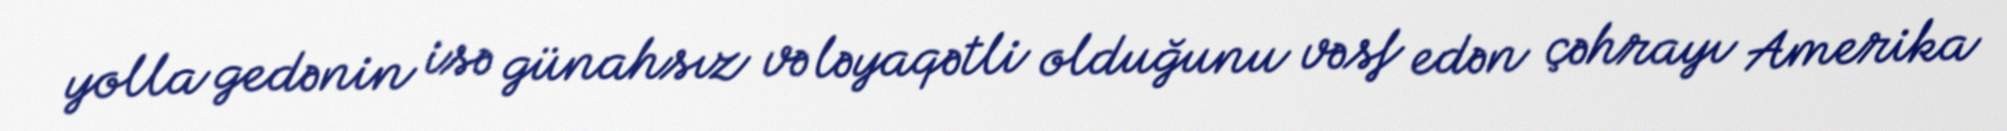
yolla gedənin isə günahsız və ləyaqətli olduğunu vəsf edən çəhrayı Amerika